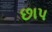
છાપ